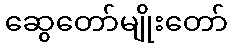
ဆွေတော်မျိုးတော်